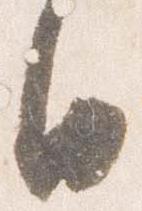
日